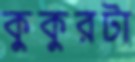
কুকুরটা